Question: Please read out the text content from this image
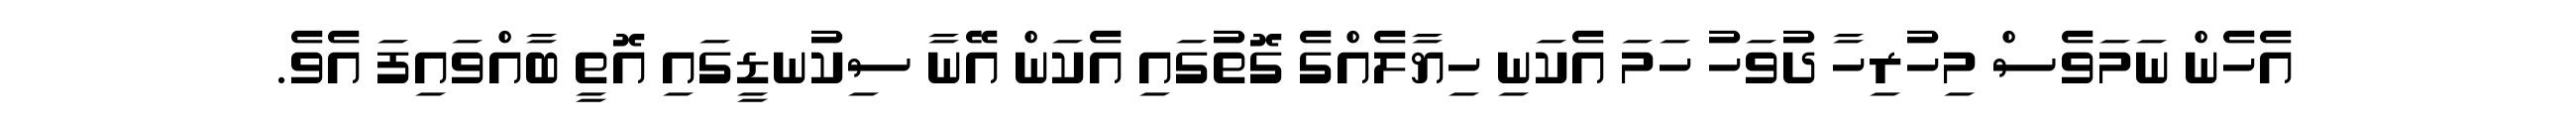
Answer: އެހެން ނަމަވެސް މިހުރިހާ ދުވަހު ހަމަ އެކަނި ހިޔާލެއްގެ ގޮތުގައި އެކަން އޭނާ ސިކުނޑީގައި އޮތީ ބާއްވައިފަ އެވެ.